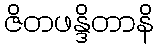
ဇိတဖန္ဒိတာနိ